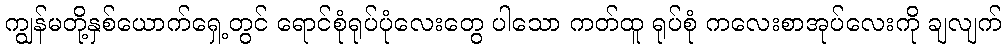
ကျွန်မတို့နှစ်ယောက်ရှေ့တွင် ရောင်စုံရုပ်ပုံလေးတွေ ပါသော ကတ်ထူ ရုပ်စုံ ကလေးစာအုပ်လေးကို ချလျက်